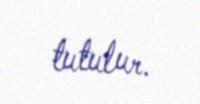
tutulur.